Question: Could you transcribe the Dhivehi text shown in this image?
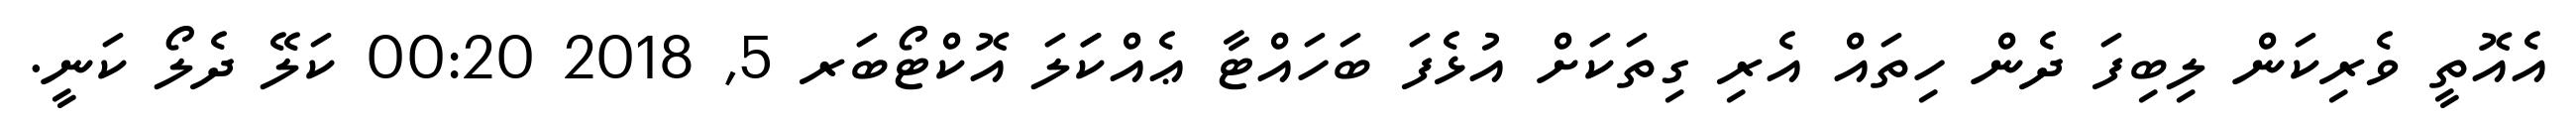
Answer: އެއޮތީ ވެރިކަން ލިބިފަ ދެން ހިތައް އެރި ގިތަކަށް އުޅެފަ ބަހައްޓާ ޢެއްކަަލަ އޮކްޓޯބަރ 5, 2018 00:20 ކަލޭ ދެލޯ ކަނީ.